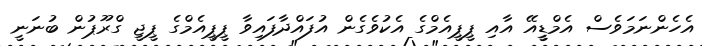
އެހެންނަމަވެސް އެމްޑީީއޭ އާއި ޕީޕީއެމްގެ އެކުވެގެން އުފައްދާފައިވާ ޕީޕީއެމްގެ ޕީޖީ ގްރޫޕުން ބުނަނީ